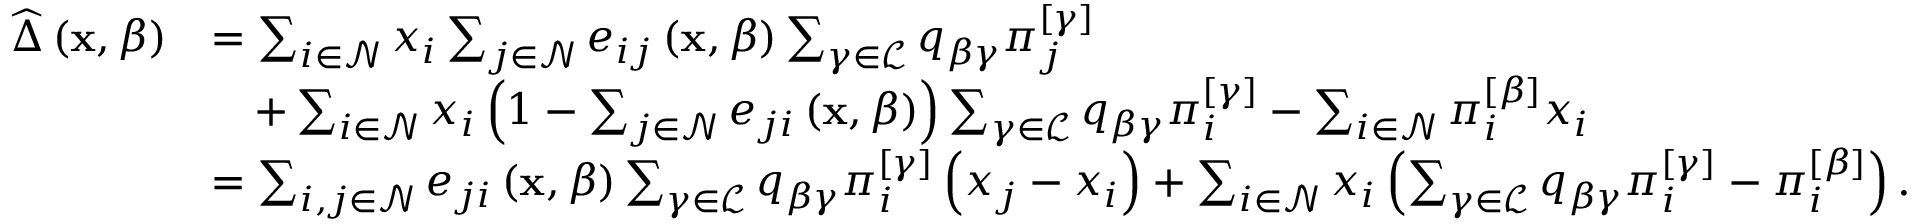
\begin{array} { r l } { \widehat { \Delta } \left( \mathbf { x } , \beta \right) } & { = \sum _ { i \in \mathcal { N } } x _ { i } \sum _ { j \in \mathcal { N } } e _ { i j } \left( \mathbf { x } , \beta \right) \sum _ { \gamma \in \mathcal { L } } q _ { \beta \gamma } \pi _ { j } ^ { \left[ \gamma \right] } } \\ & { \quad + \sum _ { i \in \mathcal { N } } x _ { i } \left( 1 - \sum _ { j \in \mathcal { N } } e _ { j i } \left( \mathbf { x } , \beta \right) \right) \sum _ { \gamma \in \mathcal { L } } q _ { \beta \gamma } \pi _ { i } ^ { \left[ \gamma \right] } - \sum _ { i \in \mathcal { N } } \pi _ { i } ^ { \left[ \beta \right] } x _ { i } } \\ & { = \sum _ { i , j \in \mathcal { N } } e _ { j i } \left( \mathbf { x } , \beta \right) \sum _ { \gamma \in \mathcal { L } } q _ { \beta \gamma } \pi _ { i } ^ { \left[ \gamma \right] } \left( x _ { j } - x _ { i } \right) + \sum _ { i \in \mathcal { N } } x _ { i } \left( \sum _ { \gamma \in \mathcal { L } } q _ { \beta \gamma } \pi _ { i } ^ { \left[ \gamma \right] } - \pi _ { i } ^ { \left[ \beta \right] } \right) . } \end{array}